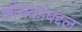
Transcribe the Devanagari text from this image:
शौनकांबद्दल